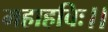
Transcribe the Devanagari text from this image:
महाहविः।।